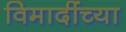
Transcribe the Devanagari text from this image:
विमादींच्या